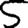
Digit: 5